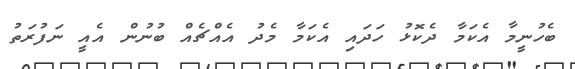
ބެހުނީމާ އެކަމާ ދެކޮޅު ހަދައި އެކަމާ މެދު އެއްޗެއް ބުނުން އެއީ ނަފުރަތު